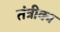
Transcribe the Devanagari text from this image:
तंत्रीका